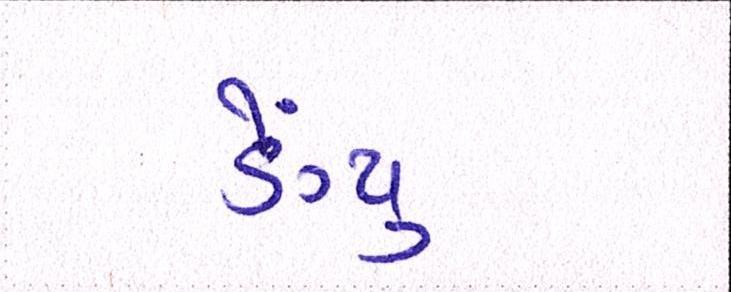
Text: ડેંગ્યુ